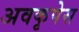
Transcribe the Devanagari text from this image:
अवकृपेस